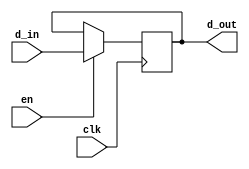
module test_1bit(


input d_in, // Data input
input clk, // clock input
input en,
output reg d_out, // output Q

);


always @(posedge clk)
begin
if(en)
d_out<= d_in;
end
endmodule